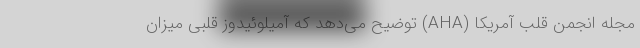
مجله انجمن قلب آمریکا (AHA) توضیح می‌دهد که آمیلوئیدوز قلبی میزان